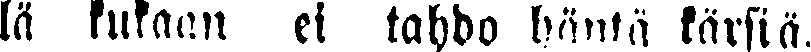
lä kukaan ei tahdo häntä kärsiä.